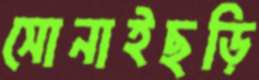
সোনাইছড়ি